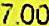
7.00